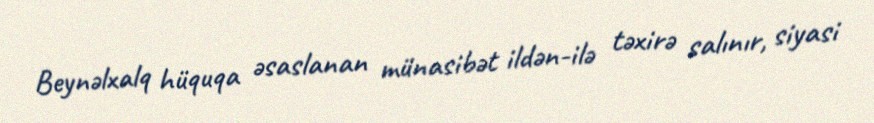
Beynəlxalq hüquqa əsaslanan münasibət ildən-ilə təxirə salınır, siyasi